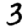
Digit: 3